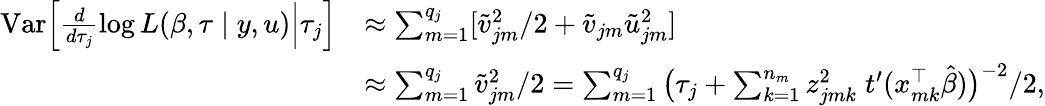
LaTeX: \begin{array}{rl}{{\mathrm{Var}}\Big[\frac{d}{d\tau_{j}}\log L(\beta,\tau\mid y,u)\Big|\tau_{j}\Big]}&{\approx\sum_{m=1}^{q_{j}}[\tilde{v}_{jm}^{2}/2+\tilde{v}_{jm}\tilde{u}_{jm}^{2}]}\\ &{\approx\sum_{m=1}^{q_{j}}\tilde{v}_{jm}^{2}/2=\sum_{m=1}^{q_{j}}\big(\tau_{j}+\sum_{k=1}^{n_{m}}z_{jmk}^{2}\; t^{\prime}(x_{mk}^{\top}\hat{\beta})\big)^{-2}/2,}\end{array}